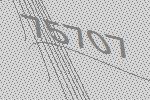
75707